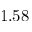
1 . 5 8